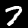
Digit: 7